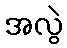
အလွဲ